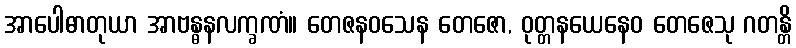
အာပေါဓာတုယာ အာဗန္ဓနလက္ခဏံ။ တေဇနဝသေန တေဇော, ဝုတ္တနယေနေဝ တေဇေသု ဂတန္တိ